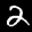
Label: 2